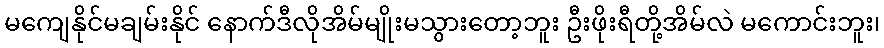
မကျေနိုင်မချမ်းနိုင် နောက်ဒီလိုအိမ်မျိုးမသွားတော့ဘူး ဦးဖိုးရီတို့အိမ်လဲ မကောင်းဘူး၊